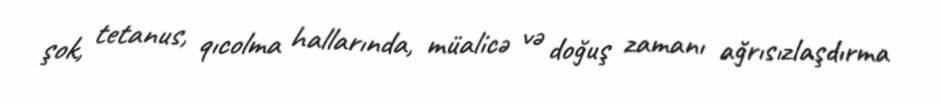
şok, tetanus, qıcolma hallarında, müalicə və doğuş zamanı ağrısızlaşdırma